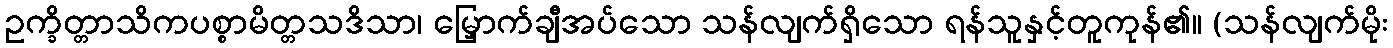
ဥက္ခိတ္တာသိကပစ္စာမိတ္တသဒိသာ၊ မြှောက်ချီအပ်သော သန်လျက်ရှိသော ရန်သူနှင့်တူကုန်၏။ (သန်လျက်မိုး